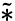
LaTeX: \tilde{*}